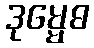
ဒုမ္မေဓ